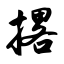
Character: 撂